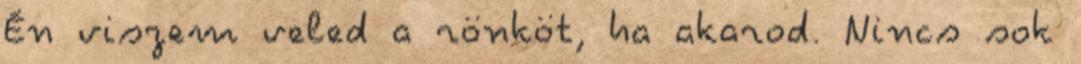
Én viszem veled a rönköt, ha akarod. Nincs sok